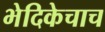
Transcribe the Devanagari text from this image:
भेदिकेचाच